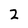
Character: 2